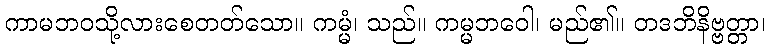
ကာမဘဝသို့လားစေတတ်သော။ ကမ္မံ၊ သည်။ ကမ္မဘဝေါ၊ မည်၏။ တဒဘိနိဗ္ဗတ္တာ၊